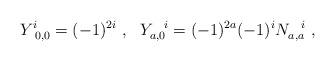
LaTeX: \begin{align*}Y^i_{~0,0} = (-1)^{2i} ~, ~~Y_{a,0}^{~~i} = (-1)^{2a} (-1)^i N^{~~i}_{a,a} ~,\end{align*}